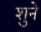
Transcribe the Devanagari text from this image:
शुने